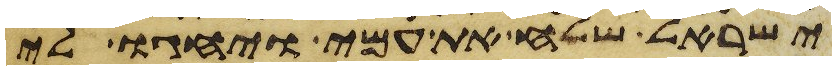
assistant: ישראל שלח את עמי ויחגו לי